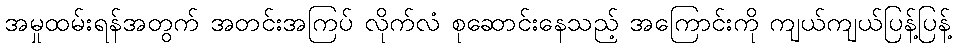
အမှုထမ်းရန်အတွက် အတင်းအကြပ် လိုက်လံ စုဆောင်းနေသည့် အကြောင်းကို ကျယ်ကျယ်ပြန့်ပြန့်